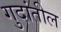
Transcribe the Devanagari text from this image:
गुदांतील